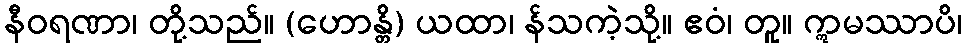
နီဝရဏာ၊ တို့သည်။ (ဟောန္တိ) ယထာ၊ န်သကဲ့သို့။ ဧဝံ၊ တူ။ ဣမဿာပိ၊